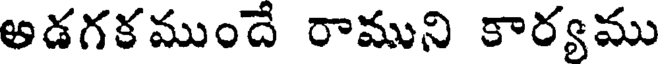
అడగకముందే రాముని కార్యము